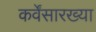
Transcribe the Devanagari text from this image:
कर्वेंसारख्या